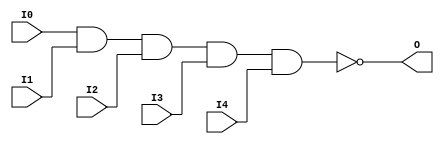
// This program was cloned from: https://github.com/jhshi/openofdm
// License: Apache License 2.0

// $Header: /devl/xcs/repo/env/Databases/CAEInterfaces/verunilibs/data/unisims/NAND5.v,v 1.6 2007/05/23 21:43:39 patrickp Exp $
///////////////////////////////////////////////////////////////////////////////
// Copyright (c) 1995/2004 Xilinx, Inc.
// All Right Reserved.
///////////////////////////////////////////////////////////////////////////////
//   ____  ____
//  /   /\/   /
// /___/  \  /    Vendor : Xilinx
// \   \   \/     Version : 10.1
//  \   \         Description : Xilinx Functional Simulation Library Component
//  /   /                  5-input NAND Gate
// /___/   /\     Filename : NAND5.v
// \   \  /  \    Timestamp : Thu Mar 25 16:42:57 PST 2004
//  \___\/\___\
//
// Revision:
//    03/23/04 - Initial version.
//    05/23/07 - Changed timescale to 1 ps / 1 ps.

`timescale  1 ps / 1 ps


module NAND5 (O, I0, I1, I2, I3, I4);

    output O;

    input  I0, I1, I2, I3, I4;

    nand A1 (O, I0, I1, I2, I3, I4);


endmodule